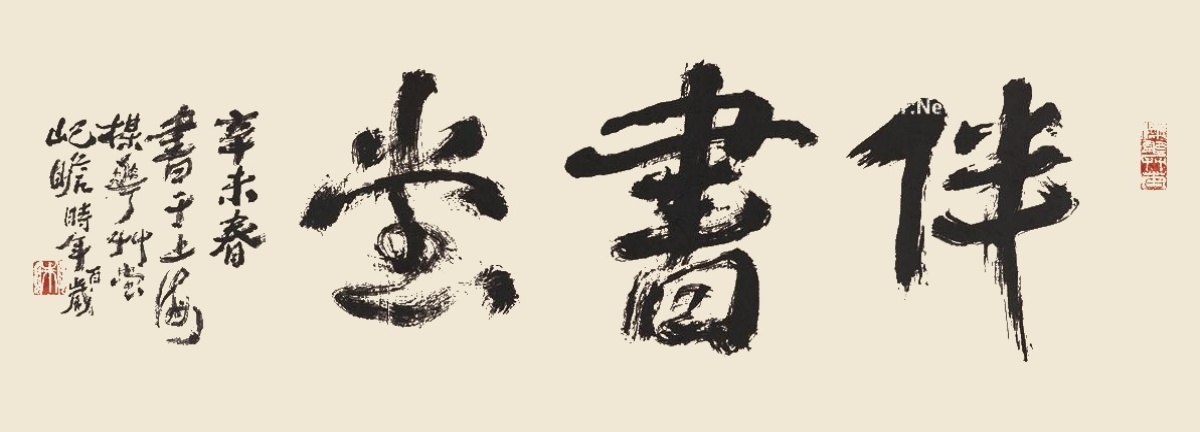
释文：伴书楼。辛未春，书于上海梅花草堂，屺瞻时年百岁。